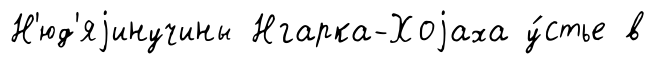
Н'юд'яjинучины Нгарка-Хоjаха у́стье в